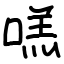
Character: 㗝